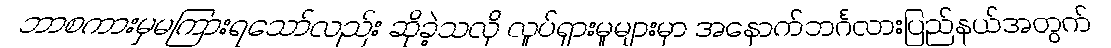
ဘာစကားမှမကြားရသော်လည်း ဆိုခဲ့သလို လှုပ်ရှားမှုများမှာ အနောက်ဘင်္ဂလားပြည်နယ်အတွက်